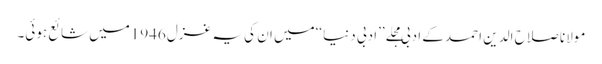
مولانا صلاح الدین احمد کے ادبی مجلے ’’ادبی دنیا ‘‘میں ان کی یہ غزل 1946میں شائع ہوئی۔